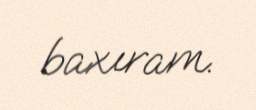
baxıram.